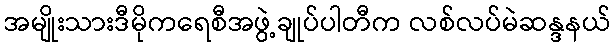
အမျိုးသားဒီမိုကရေစီအဖွဲ့ချုပ်ပါတီက လစ်လပ်မဲဆန္ဒနယ်